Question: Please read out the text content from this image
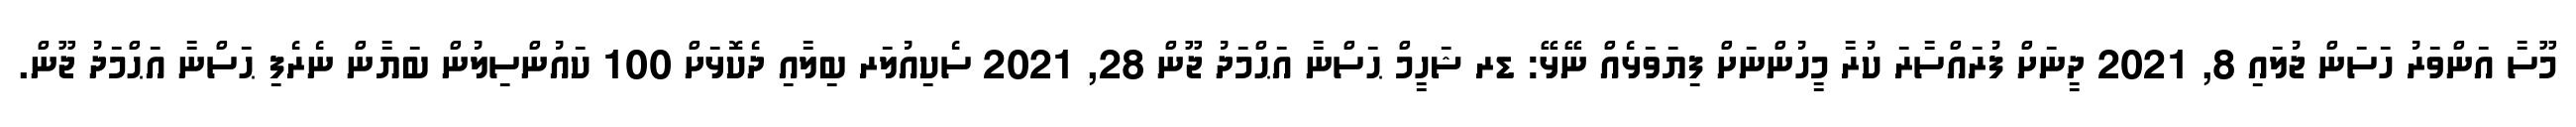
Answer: މޫސާ އަންވަރު ހަސަން ޖުލައި 8, 2021 ދީނަށް ފުރައްސާރަ ކުރާ މީހުންނަށް ފިޔަވަޅެއް ނޭޅޭ: ޑރ ޝަހީމް ޙަސްނާ އަޙްމަދު ޖޫން 28, 2021 ސެކިއުލަރ ބިލާއި ދެކޮޅަށް 100 ކައުންސިލުން ބަޔާން ނެރެފި ޙަސްނާ އަޙްމަދު ޖޫން.